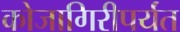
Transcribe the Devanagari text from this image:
कोजागिरीपर्यंत